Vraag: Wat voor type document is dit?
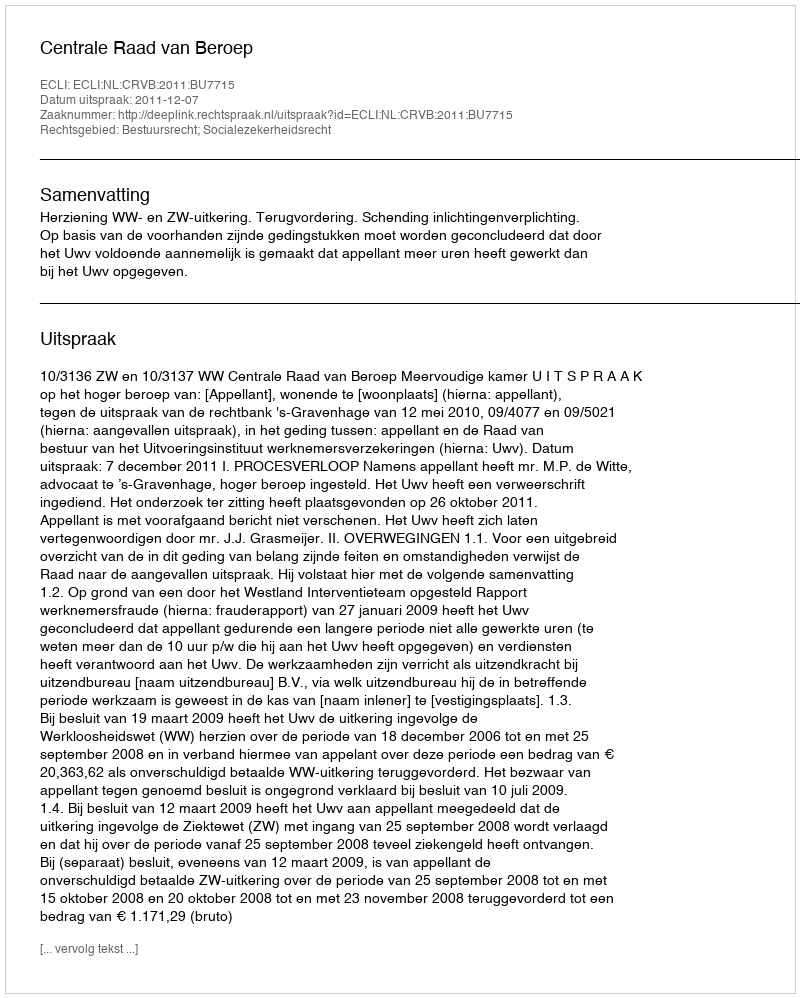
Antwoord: Uitspraak